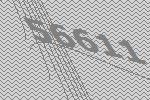
56611